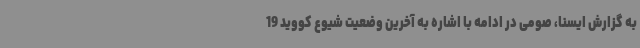
به گزارش ایسنا، صومی در ادامه با اشاره به آخرین وضعیت شیوع کووید 19